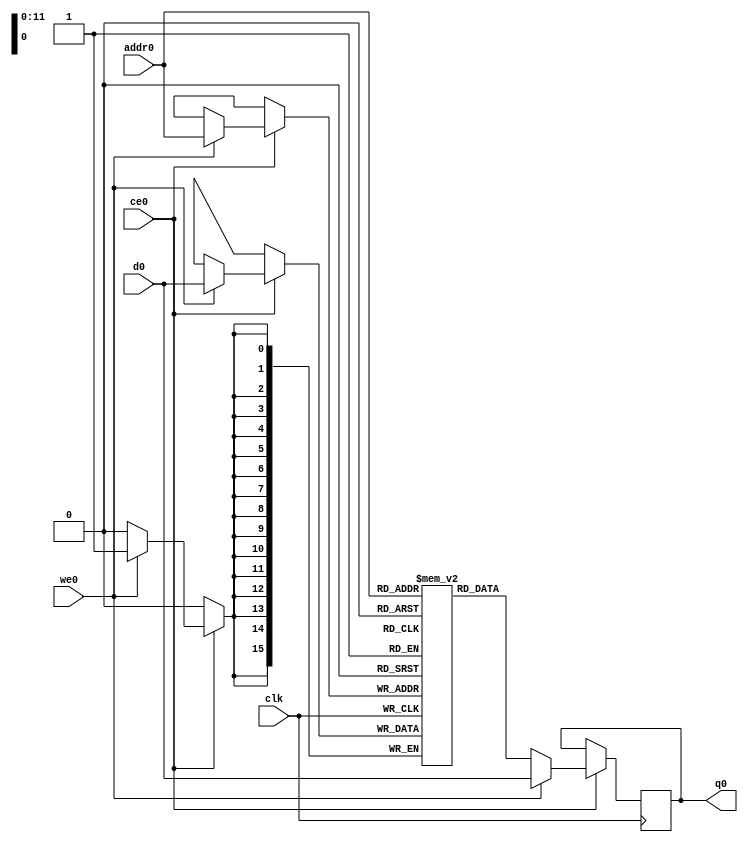
// ==============================================================
// File generated by Vivado(TM) HLS - High-Level Synthesis from C, C++ and SystemC
// Version: 2017.4
// Copyright (C) 1986-2017 Xilinx, Inc. All Rights Reserved.
// 
// ==============================================================

`timescale 1 ns / 1 ps
module line_buffer_14_bubkb_ram (addr0, ce0, d0, we0, q0,  clk);

parameter DWIDTH = 16;
parameter AWIDTH = 12;
parameter MEM_SIZE = 2688;

input[AWIDTH-1:0] addr0;
input ce0;
input[DWIDTH-1:0] d0;
input we0;
output reg[DWIDTH-1:0] q0;
input clk;

(* ram_style = "block" *)reg [DWIDTH-1:0] ram[0:MEM_SIZE-1];




always @(posedge clk)  
begin 
    if (ce0) 
    begin
        if (we0) 
        begin 
            ram[addr0] <= d0; 
            q0 <= d0;
        end 
        else 
            q0 <= ram[addr0];
    end
end


endmodule


`timescale 1 ns / 1 ps
module line_buffer_14_bubkb(
    reset,
    clk,
    address0,
    ce0,
    we0,
    d0,
    q0);

parameter DataWidth = 32'd16;
parameter AddressRange = 32'd2688;
parameter AddressWidth = 32'd12;
input reset;
input clk;
input[AddressWidth - 1:0] address0;
input ce0;
input we0;
input[DataWidth - 1:0] d0;
output[DataWidth - 1:0] q0;



line_buffer_14_bubkb_ram line_buffer_14_bubkb_ram_U(
    .clk( clk ),
    .addr0( address0 ),
    .ce0( ce0 ),
    .d0( d0 ),
    .we0( we0 ),
    .q0( q0 ));

endmodule